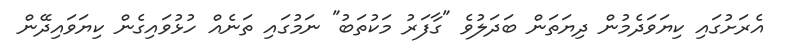
އެރަށުގައި ކިޔަވަދެމުން ދިޔަތަން ބަދަލުވެ "ގާފަރު މަކުތަބު" ނަމުގައި ތަނެއް ހުޅުވައިގެން ކިޔަވައިދޭން